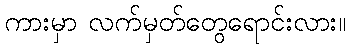
ကားမှာ လက်မှတ်တွေရောင်းလား။